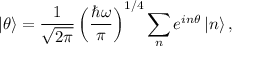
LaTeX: \left| \theta \right\rangle = \frac { 1 } { \sqrt { 2 \pi } } \left( \frac { \hbar \omega } { \pi } \right) ^ { 1 / 4 } \sum _ { n } e ^ { i n \theta } \left| n \right\rangle ,